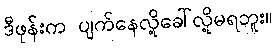
ဒီဖုန်းက ပျက်နေလို့ခေါ်လို့မရဘူး။